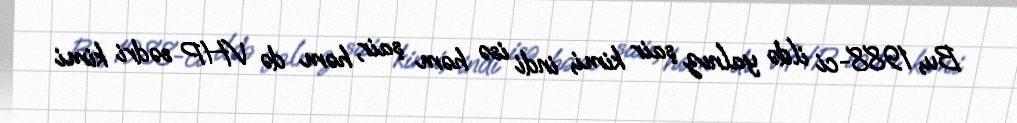
Bu, 1988-ci ildə yalnız şair kimi, indi isə həm şair, həm də VHP sədri kimi